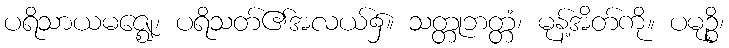
ပရိသာယမဇ္ဈေ၊ ပရိသတ်၏အလယ်၌။ သတ္တုဘတ္တံ၊ မုန့်အိတ်ကို။ ပမုဉ္စိ၊